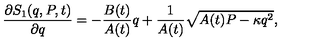
\frac { \partial S _ { 1 } ( q , P , t ) } { \partial q } = - \frac { B ( t ) } { A ( t ) } q + \frac { 1 } { A ( t ) } \sqrt { A ( t ) P - \kappa q ^ { 2 } } ,